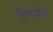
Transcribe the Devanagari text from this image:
चिराईत